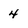
Character: 4